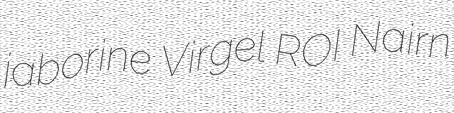
jaborine Virgel ROI Nairn